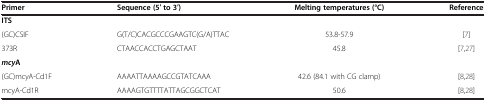
| Primer | Sequence (5′ to 3′) | Melting temperatures (°C) | Reference |
 | --- | --- | --- | --- |
 | ITS |  |  |  |
 | (GC)CSIF | G(T/C)CACGCCCGAAGTC(G/A)TTAC | 53.8-57.9 | [7] |
 | 373R | CTAACCACCTGAGCTAAT | 45.8 | [7,27] |
 | mcyA |  |  |  |
 | (GC)mcyA-Cd1F | AAAATTAAAAGCCGTATCAAA | 42.6 (84.1 with CG clamp) | [8,28] |
 | mcyA-Cd1R | AAAAGTGTTTTATTAGCGGCTCAT | 50.6 | [8,28] |